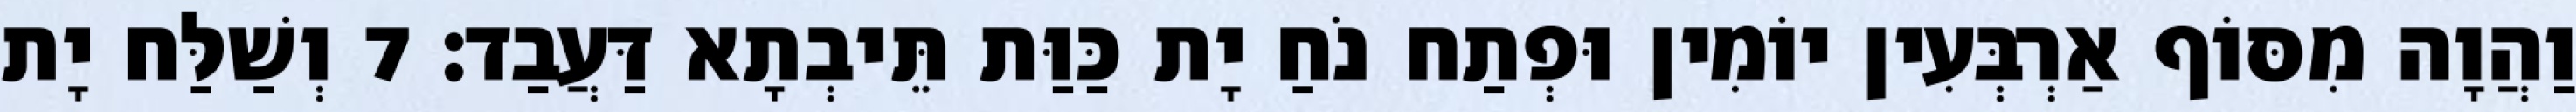
וַהֲוָה מִסּוֹף אַרְבְּעִין יוֹמִין וּפְתַח נֹחַ יָת כַּוַּת תֵּיבְתָא דַּעֲבַד׃ 7 וְשַׁלַּח יָת